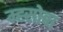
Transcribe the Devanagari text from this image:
म्ह्सोबा